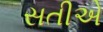
સતીએ